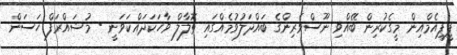
ޕީޕީއެމްއިން މީގެކުރިން ބޭއްވި ނޫސްވެރިންގެ ބައްދަލުވުމެއްގައި ތޮލާލް ވާހަކަދައްކަވަނީ - މުޝައްރަފް ހަސަން